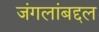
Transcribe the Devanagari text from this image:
जंगलांबद्दल